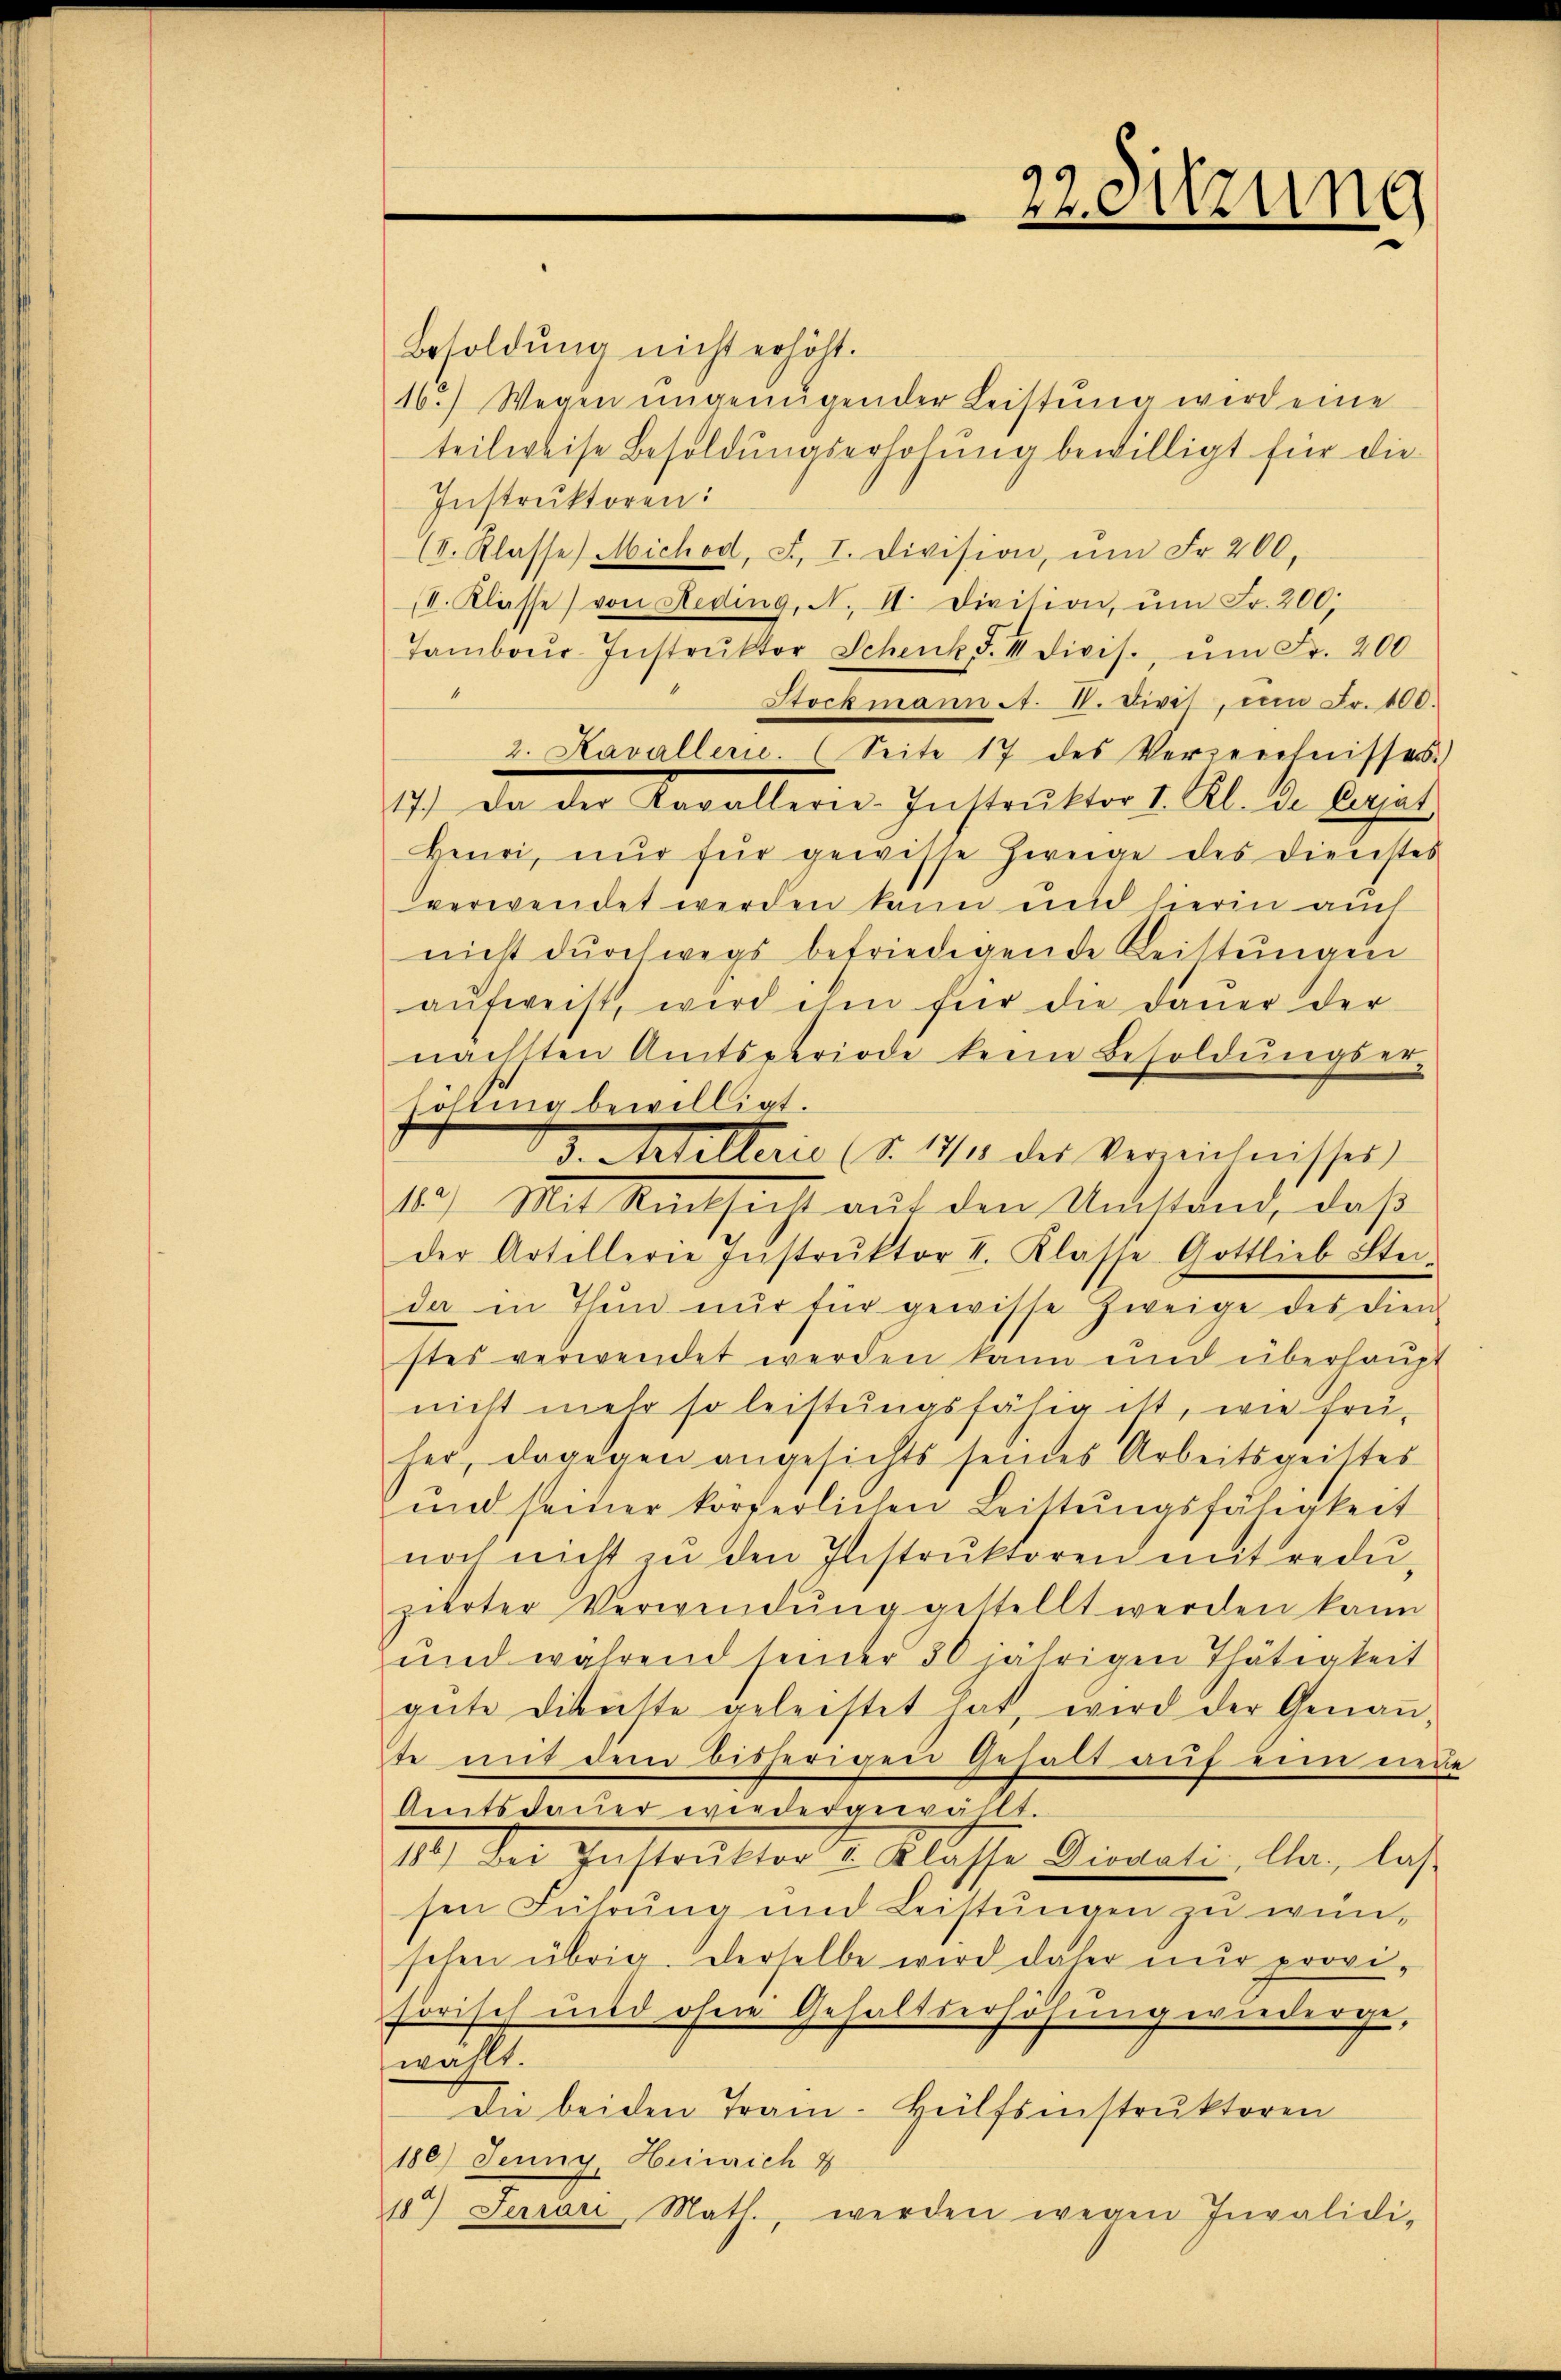
Besoldung nicht erhöht.
16.) Wegen ungenügender Leistung wird eine
teilweise Besoldungserhöhung bewilligt für die
Instruktoren:
(V. Klasse Michod, F. I. Division, ŭm Fr. 200,
II. Klasse von Heding, N. II. Division, ŭm Fr. 200
Tambour-Instrŭktor Schenk d. II divis. ŭm Fr. 200
Stockmann . V. Divis, um Fr. 100.
2. Kavallen. (Seite 17 des Verzeichnisses.)
17.) Da der Kavallerie-Instrŭktor I. Rl. de Versat
Heuri, nur für gewisse Zweige des Dienstes
verwendet werden kann und hierin auch
nicht durchwegs befriedigende Leistungen
aŭfweist, wird ihm für die Dauer der
nächsten Amtsperiode keine Besoldŭngser-
löhling bewilligt.
d. Andelterie (S. 11 des Verzeichnisses
1) Mit Kartheit aŭf den Maassend, daß
der Artellerie Instrŭktor I. Klasse Gottlieb Steida in Thun nur für gewisse Zweige des dien-
stes verwendet werden kann und überhaupt
nicht mehr so leistungsfähig ist, wie früher, dagegen angesichts seines Arbeitsgeistes
und seiner körperlichen Leistungsfähigkeit
noch nicht zŭ den Instrŭktoren mit redŭ-
zierter Verwendŭng gestellt werden kann
und während seiner 30 jährigen Thätigkeit
güte Dienste geleistet hat, wird der Genaṅ-
te mit dem bisherigen Gehalt auf eine neue
Amtsdaŭer wiedergewählt.
11.) Der Geistritter v. Klasse Quelle, las
sen Führŭng und Leistŭngen zu wünschen übrig. Derselbe wird daher nur proviforisch und ohne Gehaltserhöhung wiederge-
wählt.
Die beiden Tram-Hülfsinstruktoren
180) Jenny, Heinrich 8
185) Seriani, Math., werden wegen Invalidi¬

22. Sitzung